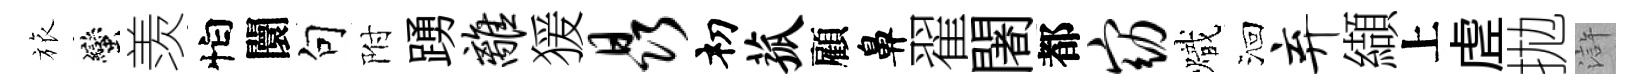
旅蠻羡怕闤句附踴离猨晶𥘉菰顧鼻翟闍都窈熾洄弃纈上虗拋滸